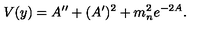
V ( y ) = A ^ { \prime \prime } + ( A ^ { \prime } ) ^ { 2 } + m _ { n } ^ { 2 } e ^ { - 2 A } .